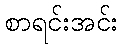
စာရင်းအင်း